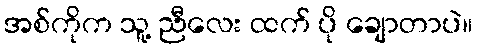
အစ်ကိုက သူ့ ညီလေး ထက် ပို ချောတာပဲ။